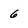
Character: 6